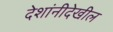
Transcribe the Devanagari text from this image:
देशांनीदेखील